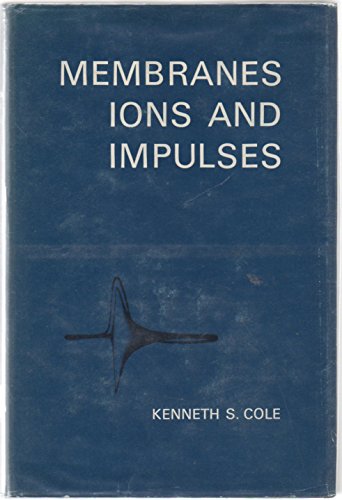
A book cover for Membranes, Ions and Impulses: A Chapter of Classical Biophysics (Biophysics series); Kenneth S. Cole; Science & Math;